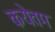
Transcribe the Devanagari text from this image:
कयेतम